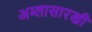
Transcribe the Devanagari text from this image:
अम्लासारखी